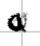
Text: a
Cross-out: mix
Writing tool: digital_black